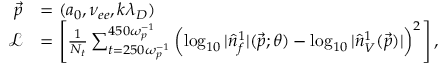
\begin{array} { r l } { \vec { p } } & { = ( a _ { 0 } , \nu _ { e e } , k \lambda _ { D } ) } \\ { \mathcal { L } } & { = \left[ \frac { 1 } { N _ { t } } \sum _ { t = 2 5 0 \omega _ { p } ^ { - 1 } } ^ { 4 5 0 \omega _ { p } ^ { - 1 } } \left( \log _ { 1 0 } | \hat { n } _ { f } ^ { 1 } | ( \vec { p } ; \theta ) - \log _ { 1 0 } | \hat { n } _ { V } ^ { 1 } ( \vec { p } ) | \right) ^ { 2 } \right] , } \end{array}